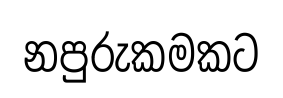
නපුරුකමකට